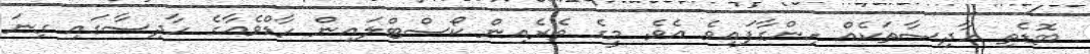
ބޮޑެތި ހާދިސާތަކެއް ހިންގާފައިވެ އެވެ. މީގެ ތެރެއިން ކޯސްޓްލައިން ހާޑްވެއާގެ ހާދިސާގައި ގިނަ